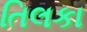
તિલકા